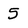
Character: 5